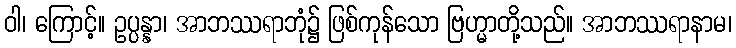
ဝါ၊ ကြောင့်။ ဥပ္ပန္နာ၊ အာဘဿရာဘုံ၌ ဖြစ်ကုန်သော ဗြဟ္မာတို့သည်။ အာဘဿရာနာမ၊